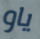
ياو